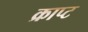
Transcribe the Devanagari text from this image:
क्राप्ट